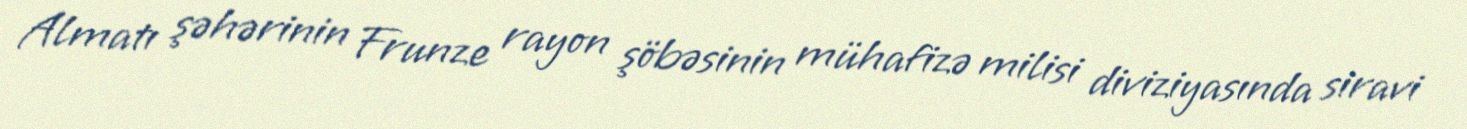
Almatı şəhərinin Frunze rayon şöbəsinin mühafizə milisi diviziyasında siravi